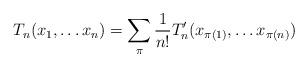
LaTeX: \begin{align*}T_n(x_1,\ldots x_n)=\sum_{\pi} \frac{1}{n!} T'_n(x_{\pi (1)}, \ldots x_{\pi (n)})\end{align*}